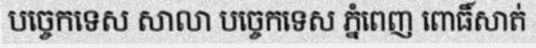
បច្ចេកទេស សាលា បច្ចេកទេស ភ្នំពេញ ពោធិ៍សាត់